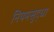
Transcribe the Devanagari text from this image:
नियमसुद्धा